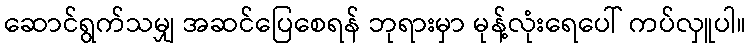
ဆောင်ရွက်သမျှ အဆင်ပြေစေရန် ဘုရားမှာ မုန့်လုံးရေပေါ် ကပ်လှူပါ။